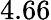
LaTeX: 4.66